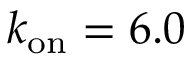
k _ { \mathrm { o n } } = 6 . 0